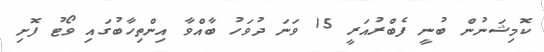
ކޮމިޝަނުން ބުނީ ފެބްރުއަރީ 15 ވަނަ ދުވަހު ބާއްވާ އިންތިހާބުގައި ވޯޓު ފޮށި